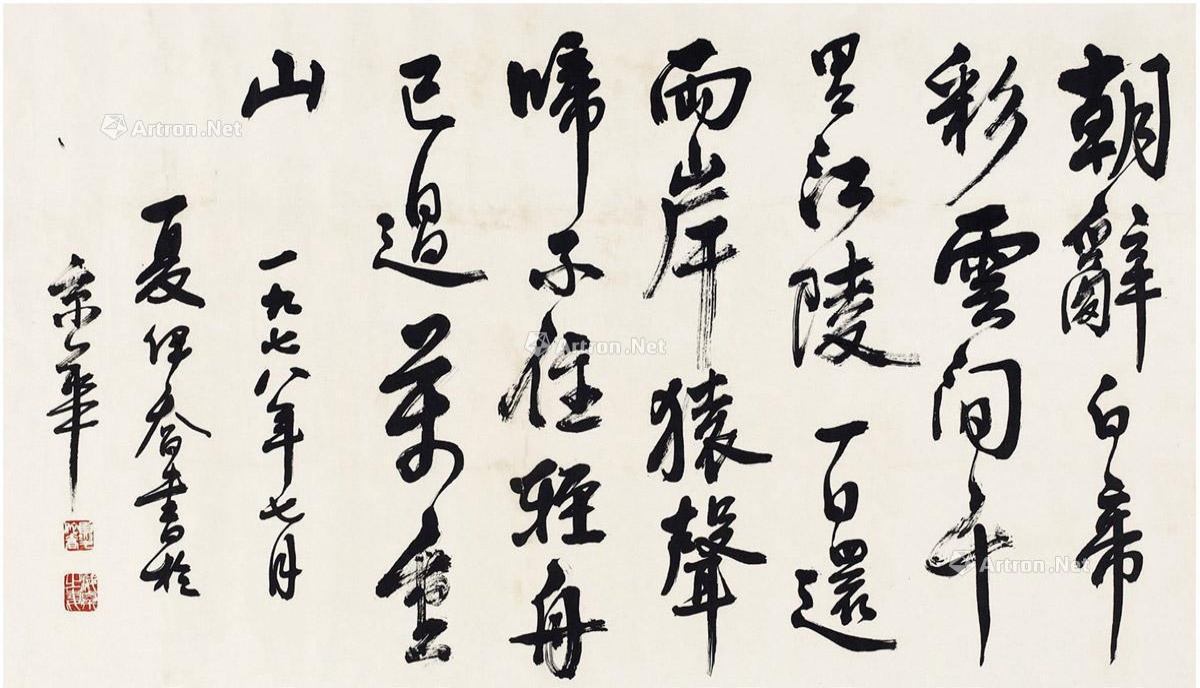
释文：朝辞白帝彩云间，千里江陵一日还。两岸猿声啼不住，轻舟已过万重山。一九七八年七月夏，夏伊乔书于京华。